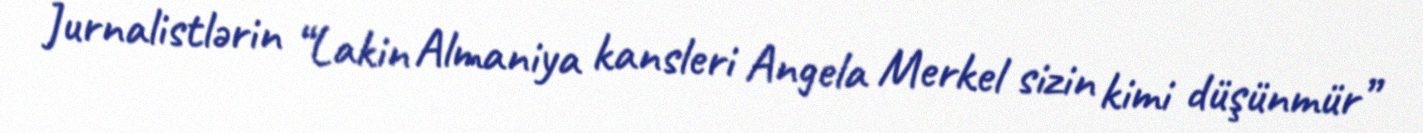
Jurnalistlərin “Lakin Almaniya kansleri Angela Merkel sizin kimi düşünmür”